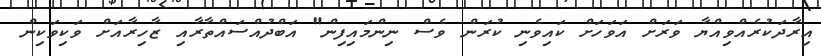
އިރާދަކުރެއްވިއްޔާ ވަރަށް އަވަހަށް ކައިވެނި ކުރަން ވެސް ނިންމައިފިން" އަބްދުއްސައްތާރާއި ޒާހިރާއަށް ވަކިވަކިން